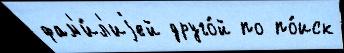
фам'и́л'иjей друго́й по по́иск